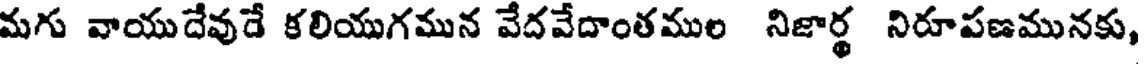
మగు వాయుదేవుడే కలియుగమున వేదవేదాంతముల నిజార్థ నిరూపణమునకు,